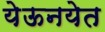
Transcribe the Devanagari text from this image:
येऊनयेत